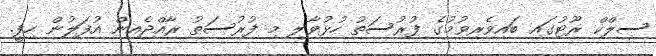
ސިލްކް ރޫޓުގައި ބައިވެރިވުމުގެ ފުރުސަތު ހުޅުވާލި މި ފުރުސަތު ރާއްޖެއިން އުފަލުން ހިފީ.